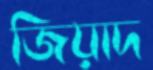
জিয়াদ